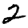
Digit: 2